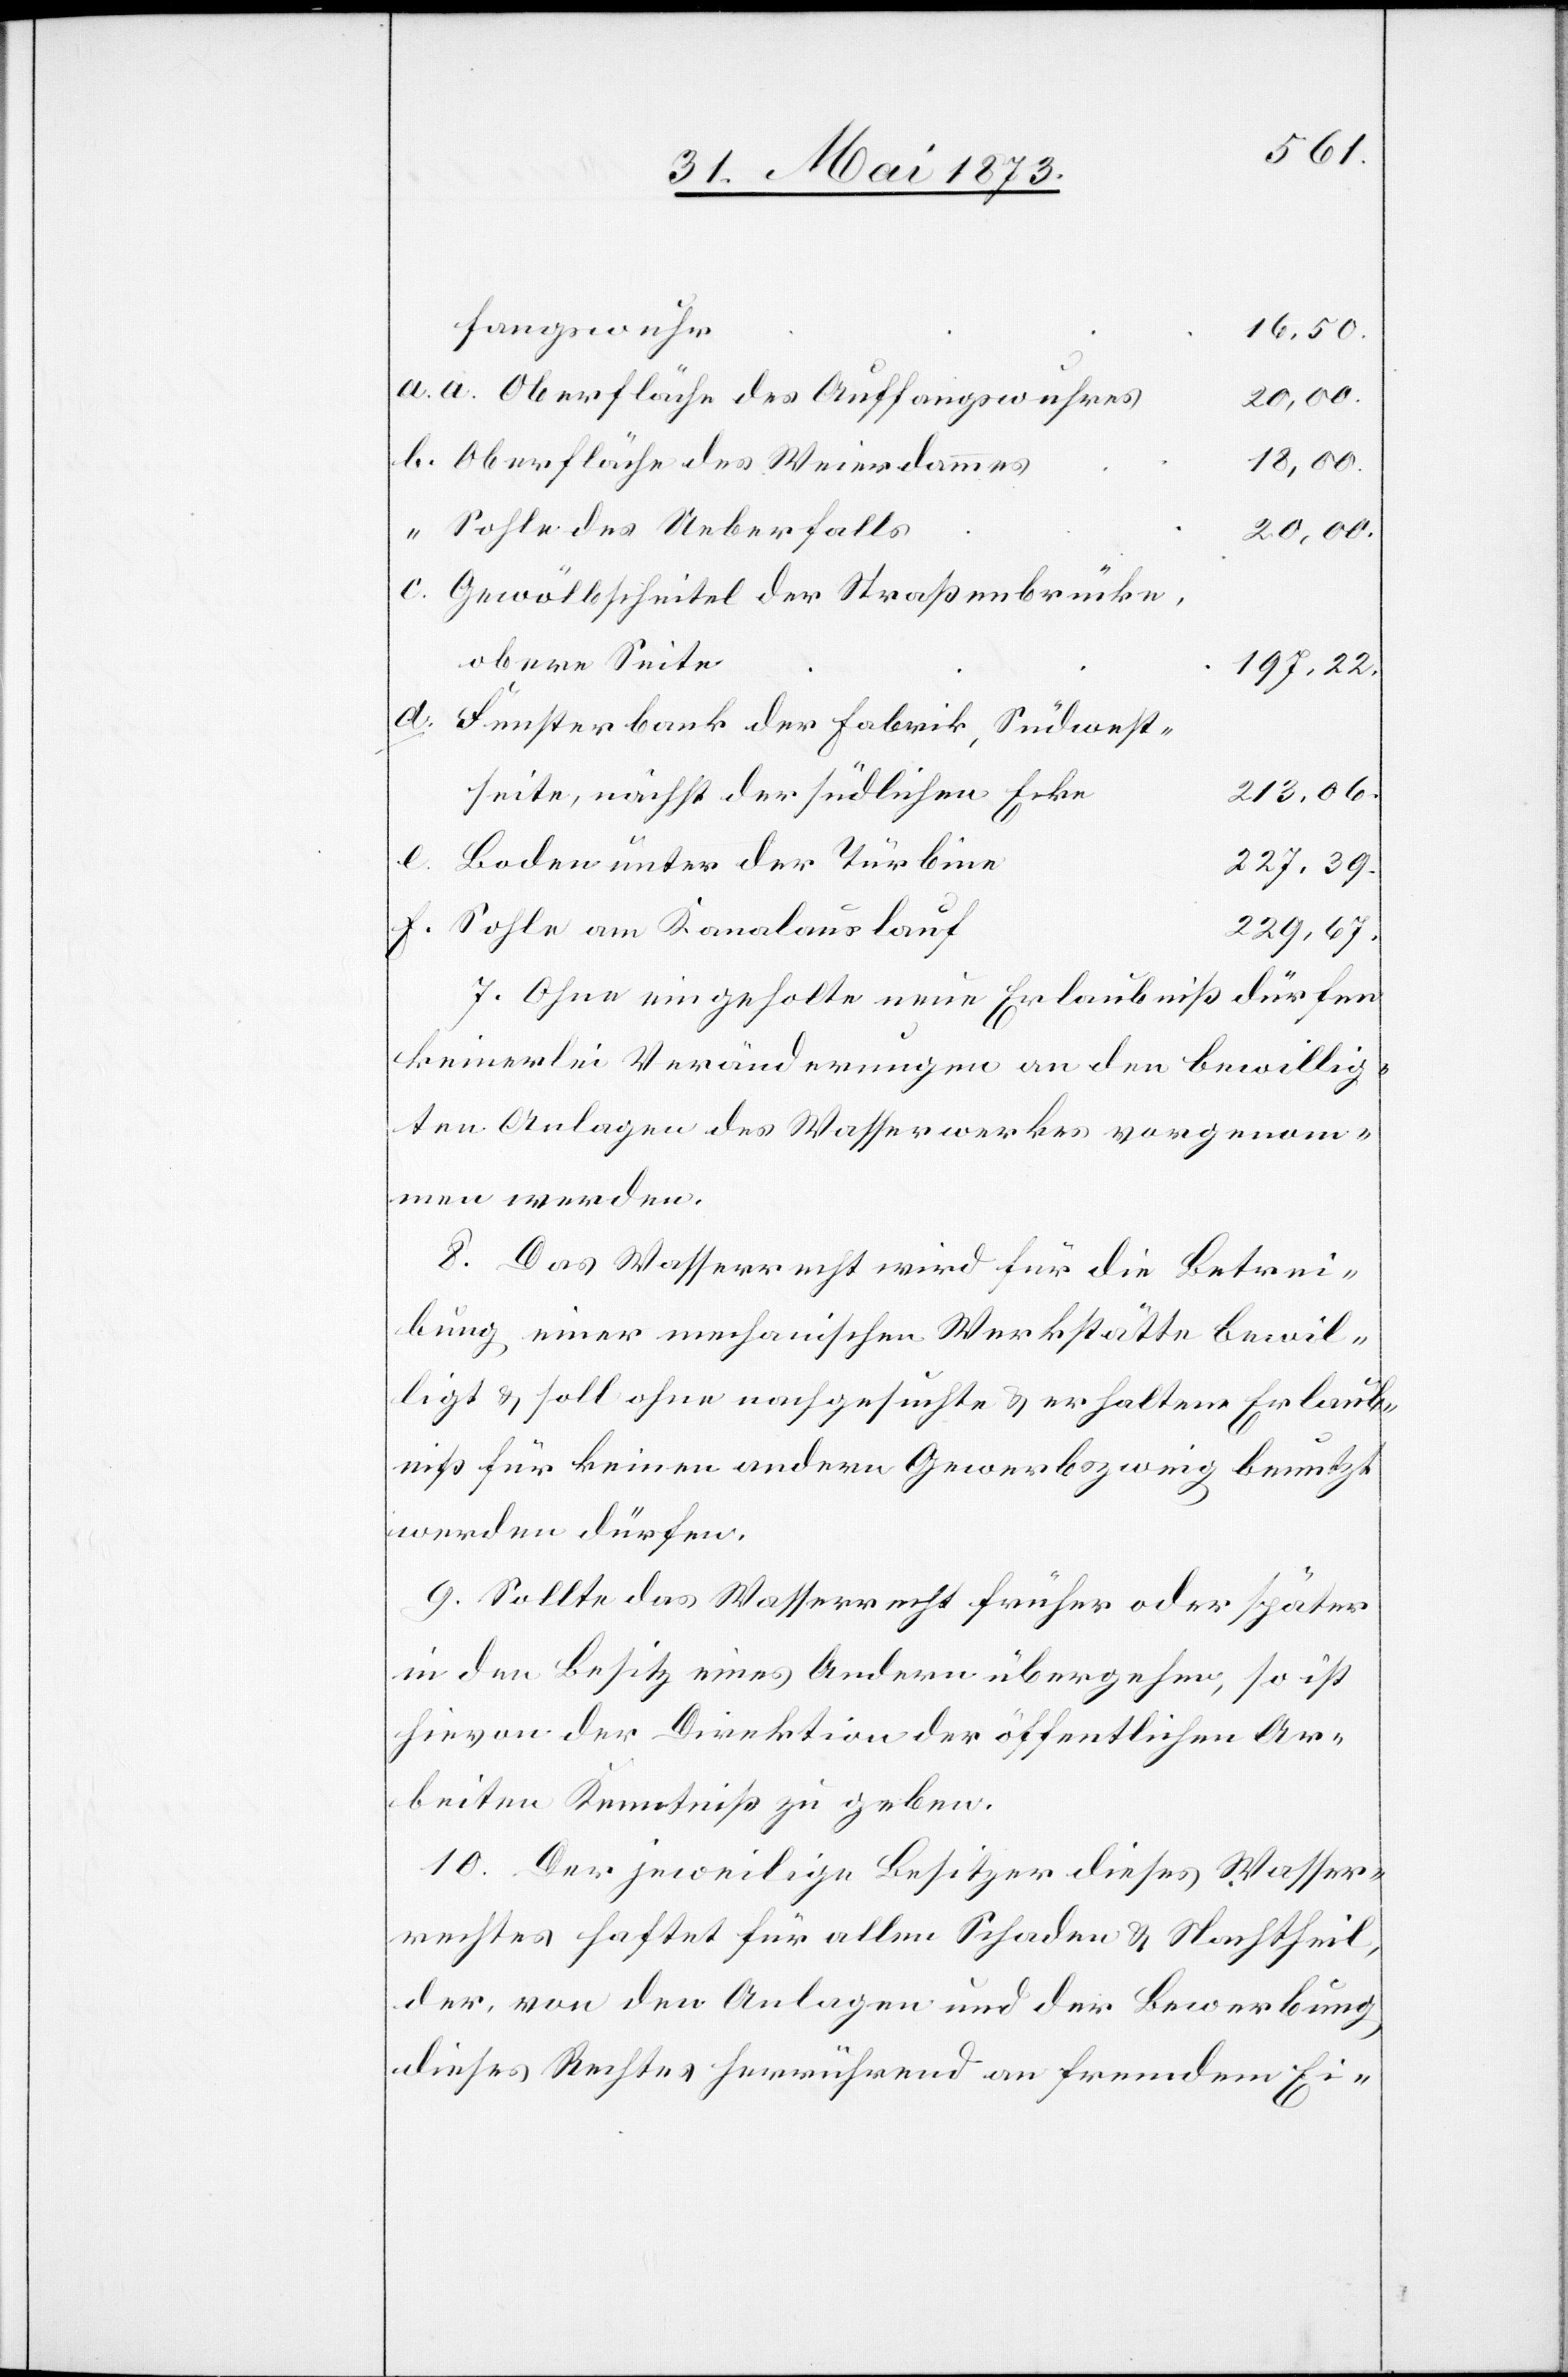
fangsweiher
16,50.
Oberfläche des Auffangswuhres
20,00.
Oberfläche des Weierdammes
18,00.
Sohle des Ueberfalls
20,00.
Gewölbscheitel der Straßenbrücke,
obere Seite
197,22.
Fensterbank der Fabrik, Südwest¬
213,06.
seite, nächst der südlichen Ecke
e.
Boden unter der Turbine
227,39.
Sohle am Kanalauslauf
229,67.
7. Ohne eingeholte neue Erlaubniß dürfen
keinerlei Veränderungen an den bewillig¬
ten Anlagen des Wasserwerkes vorgenom¬
men werden.
8. Das Wasserrecht wird für die Betrei¬
bung einer mechanischen Werkstätte bewil¬
ligt & soll ohne nachgesuchte & erhaltene Erlaub¬
niß für keinen andern Gewerbszweig benutzt
werden dürfen.
9. Sollte das Wasserrecht früher oder später
in den Besitz eines Andern übergehen, so ist
hievon der Direktion der öffentlichen Ar¬
beiten Kenntniß zu geben.
10. Der jeweilige Besitzer dieses Wasser¬
rechtes haftete für allen Schaden & Nachtheil,
der, von den Anlagen und der Bewerbung
dieses Rechtes herrührend an fremdem Ei-